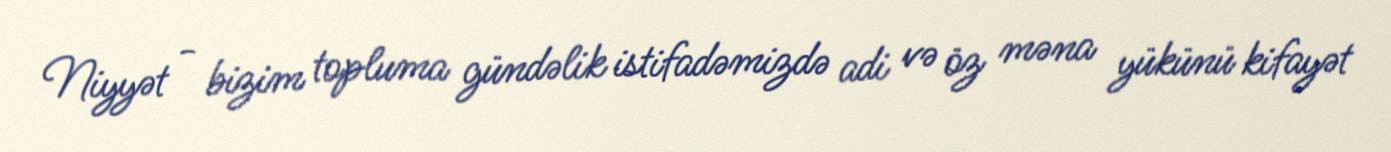
Niyyət - bizim topluma gündəlik istifadəmizdə adi və öz məna yükünü kifayət